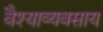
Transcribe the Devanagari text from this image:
वैश्याव्यवसाय